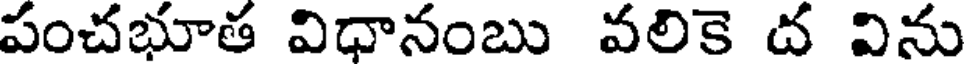
పంచభూత విధానంబు వలికె ద విను